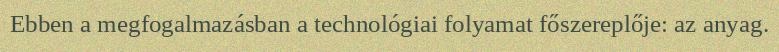
Ebben a megfogalmazásban a technológiai folyamat főszereplője: az anyag.